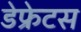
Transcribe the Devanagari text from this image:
डेफ्रेटस